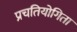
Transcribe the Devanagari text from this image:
प्रचतियोगिता